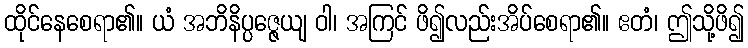
ထိုင်နေစေရာ၏။ ယံ အဘိနိပ္ပဇ္ဇေယျ ဝါ၊ အကြင် ဖိ၍လည်းအိပ်စေရာ၏။ ဧတံ၊ ဤသို့ဖိ၍